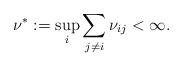
LaTeX: \begin{align*}\nu^* := \sup_i \sum_{j \neq i} \nu_{ij} < \infty . \end{align*}